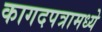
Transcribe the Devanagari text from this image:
कागदपत्रामध्ये